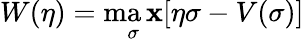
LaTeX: W(\eta)=\operatorname*{ma\mathbf{x}}_{\sigma}[\eta\sigma-V(\sigma)]